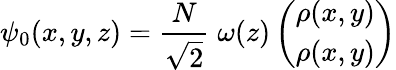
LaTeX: \psi_{0}(x,y,z)=\frac{N}{\sqrt{2}}\; \omega(z)\left(\begin{array}{cc}{{\rho(x,y)}}\\ {{\rho(x,y)}}\end{array}\right)